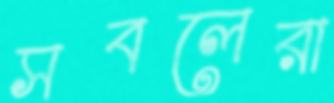
সবলেরা